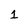
Character: 1